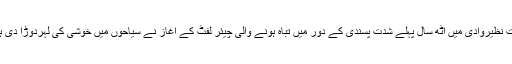
جنت نظیروادی میں آٹھ سال پہلے شدت پسندی کے دور میں تباہ ہونے والی چیئر لفٹ کے آغاز نے سیاحوں میں خوشی کی لہردوڑا دی ہے۔